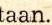
taan.